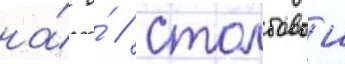
на́ о́ // Столбовои